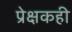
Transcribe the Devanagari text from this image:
प्रेक्षकही